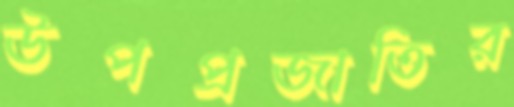
উপপ্রজাতির